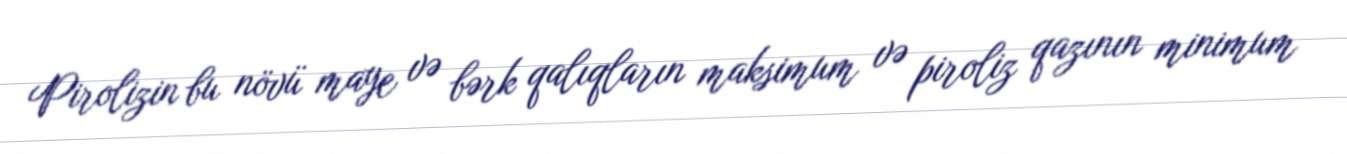
Pirolizin bu növü maye və bərk qalıqların maksimum və piroliz qazının minimum